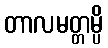
တာလမတ္တမ္ပိ